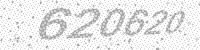
Solution: 620620